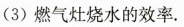
(3)燃气灶烧水的效率.